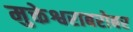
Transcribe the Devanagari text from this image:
मुक्तेश्वराबरोबर